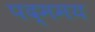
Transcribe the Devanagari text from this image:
पद्ममय